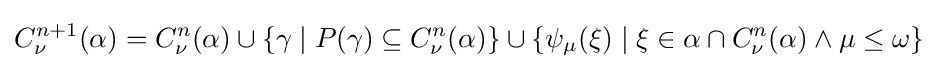
C_{\nu }^{n+1}(\alpha )=C_{\nu }^{n}(\alpha )\cup \{\gamma \mid P(\gamma )\subseteq C_{\nu }^{n}(\alpha )\}\cup \{\psi _{\mu }(\xi )\mid \xi \in \alpha \cap C_{\nu }^{n}(\alpha )\wedge \mu \leq \omega \}